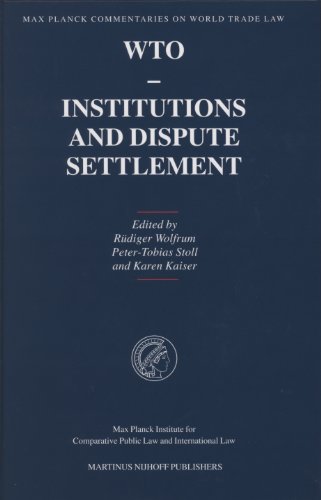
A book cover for WTO - Institutions and Dispute Settlement (Max Planck Commentaries on World Trade Law); Law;